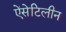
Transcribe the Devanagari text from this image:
ऐंसेटिलीन